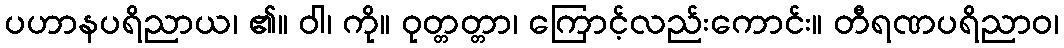
ပဟာနပရိညာယ၊ ၏။ ဝါ၊ ကို။ ဝုတ္တတ္တာ၊ ကြောင့်လည်းကောင်း။ တီရဏပရိညာဝ၊